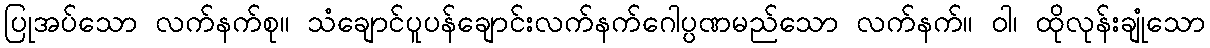
ပြုအပ်သော လက်နက်စု။ သံချောင်ပူပန်ချောင်းလက်နက်ဂေါပ္ပဏမည်သော လက်နက်။ ဝါ၊ ထိုလုန်းချုံသော